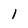
Character: 1